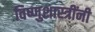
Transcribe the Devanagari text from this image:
विष्णुशास्त्रींनी